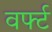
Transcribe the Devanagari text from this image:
वर्फ्ट